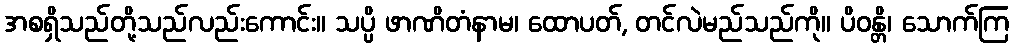
အစရှိသည်တို့သည်လည်းကောင်း။ သပ္ပိ ဖာဏိတံနာမ၊ ထောပတ်, တင်လဲမည်သည်ကို။ ပိဝန္တိ၊ သောက်ကြ